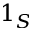
1 _ { S }